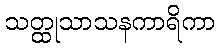
သတ္ထုသာသနကာရိကာ